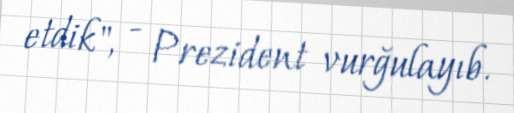
etdik", - Prezident vurğulayıb.